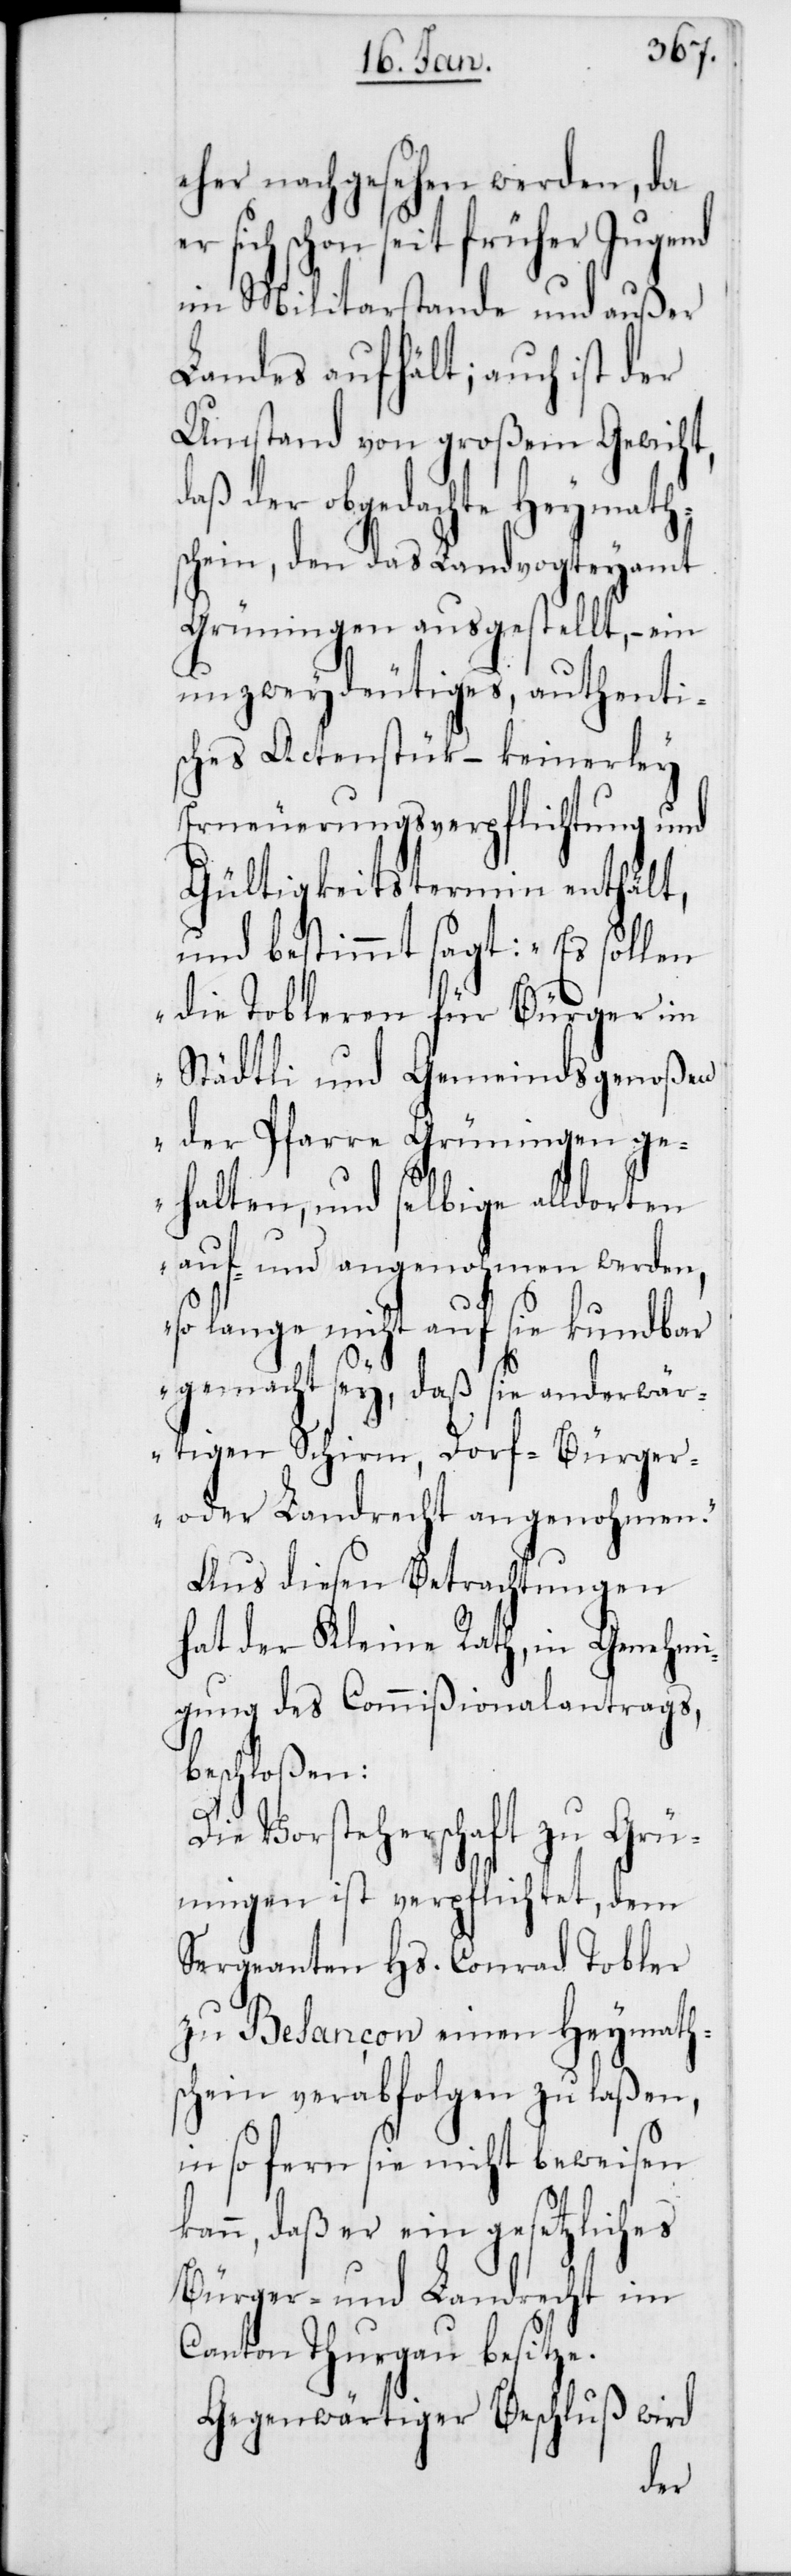
eher nachgesehen werden, da
er sich schon seit früher Jugend
im Militarstande und außer
Landes aufhält; auch ist der
Umstand von großem Gewicht,
daß der obgedachte Heymath¬
schein, den das Landvogteyamt
Grüningen ausgestellt, – ein
unzweydeutiges, authenti¬
sches Actenstück – keinerley
Erneuerungsverpflichtung und
Gültigkeitstermin enthält,
und bestimmt sagt: „Es sollen
die Tobleren für Bürger im
Städtli und Gemeindsgenoßen
der Pfarre Grüningen ge¬
halten, und selbige alldorten
auf- und angenohmen werden,
so lange nicht auf sie kundbar
gemacht sey, daß sie anderwär¬
tigen Schirm[-], Dorf-[,] Bürger-
oder Landrecht angenohmen.“
Aus diesen Betrachtungen
hat der Kleine Rath, in Genehmi¬
gung des Commißionalantrags,
beschloßen:
k¬
Die Vorsteherschaft zu Grün¬
ingen ist verpflichtet, dem
Sergeanten Hs. Conrad Tobler
zu Besançon einen Heymath¬
schein verabfolgen zu laßen,
in so fern sie nicht beweisen
ann, daß er ein gesetzliches
Bürger- und Landrecht im
Canton Thurgau besitze.
Gegenwärtiger Beschluß wird